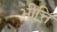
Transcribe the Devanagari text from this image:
भीत्ति